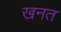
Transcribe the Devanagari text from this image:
खनत